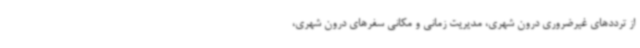
از ترددهای غیرضروری درون شهری، مدیریت زمانی و مکانی سفرهای درون شهری،